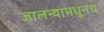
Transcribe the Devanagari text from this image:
जालन्यामधूनच